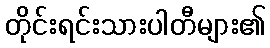
တိုင်းရင်းသားပါတီများ၏